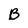
Character: B